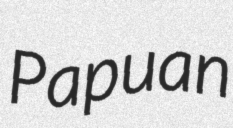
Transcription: Papuan